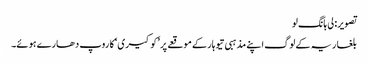
تصویر: لی ہانگ لو
بلغاریہ کے لوگ اپنے مذہبی تیوہار کے موقعے پر ’کوکیری‘ کا روپ دھارے ہوئے۔